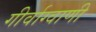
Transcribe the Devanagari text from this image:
गीर्वाग्वाणी